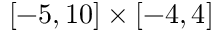
[ - 5 , 1 0 ] \times [ - 4 , 4 ]